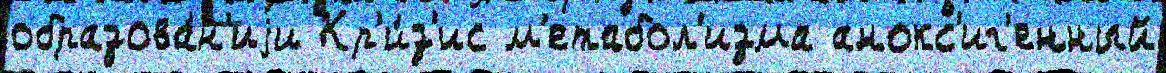
образова́н'иjи Кр'и́з'ис м'етабол'изма анокс'иг'енный